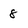
Character: 8